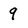
Character: 9